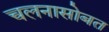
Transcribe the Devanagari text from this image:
चलनासोबत